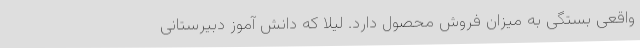
واقعی بستگی به میزان فروش محصول دارد. لیلا که دانش آموز دبیرستانی